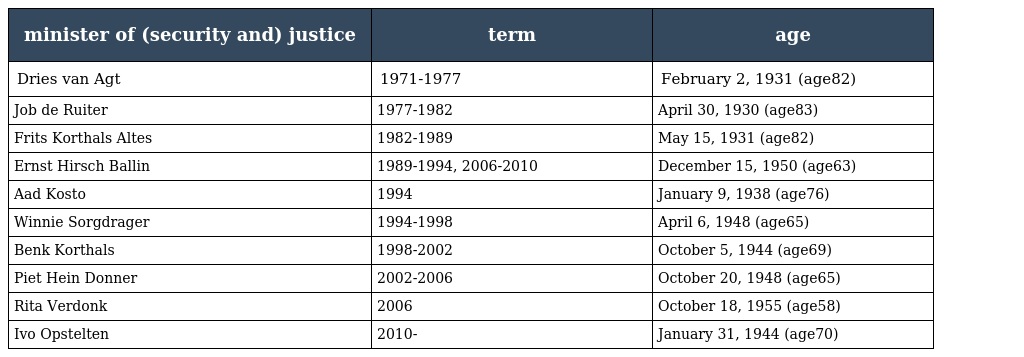
| minister of (security and) justice | term | age |
 | --- | --- | --- |
 | Dries van Agt | 1971-1977 | February 2, 1931 (age82) |
 | Job de Ruiter | 1977-1982 | April 30, 1930 (age83) |
 | Frits Korthals Altes | 1982-1989 | May 15, 1931 (age82) |
 | Ernst Hirsch Ballin | 1989-1994, 2006-2010 | December 15, 1950 (age63) |
 | Aad Kosto | 1994 | January 9, 1938 (age76) |
 | Winnie Sorgdrager | 1994-1998 | April 6, 1948 (age65) |
 | Benk Korthals | 1998-2002 | October 5, 1944 (age69) |
 | Piet Hein Donner | 2002-2006 | October 20, 1948 (age65) |
 | Rita Verdonk | 2006 | October 18, 1955 (age58) |
 | Ivo Opstelten | 2010- | January 31, 1944 (age70) |